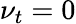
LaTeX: \nu_{t}=0